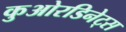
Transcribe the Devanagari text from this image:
कुओरडिनेट्स